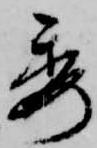
委